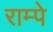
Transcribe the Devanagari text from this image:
राम्पे